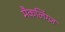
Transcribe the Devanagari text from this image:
मैकलिंग्ज़